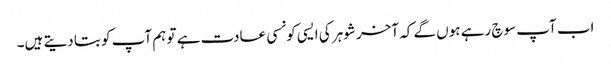
اب آپ سوچ رہے ہوں گے کہ آخر شوہر کی ایسی کونسی عادت ہے تو ہم آپ کو بتا دیتے ہیں۔